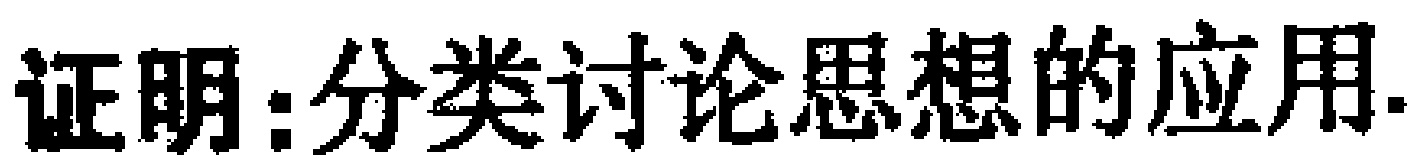
证明：分类讨论思想的应用.